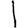
Digit: 1